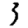
Digit: 3